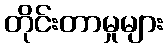
တိုင်းတာမှုများ